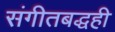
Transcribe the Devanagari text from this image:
संगीतबद्धही